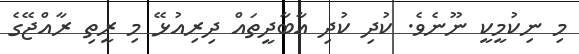
މި ނިކުމީކީ ނޫނެވެ. ކުދި ކުދި އާބާދީތައް ދިރިއުޅޭ މި ރީތި ރާއްޖޭގެ